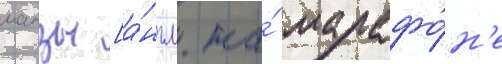
манзы [а́нгл. на́ марафо́н'е